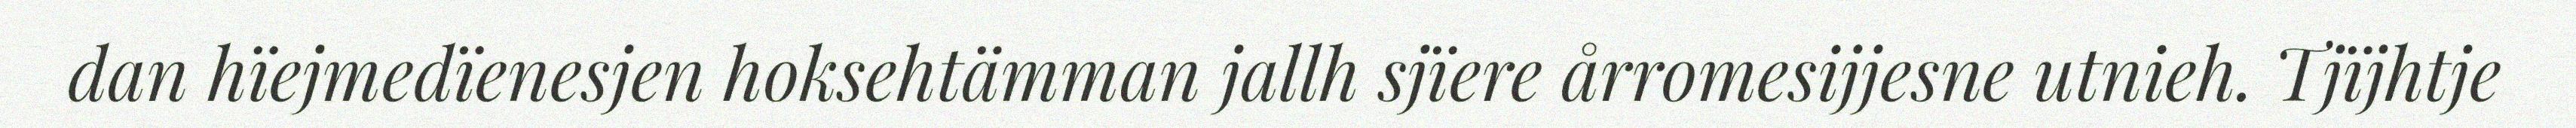
dan hïejmedïenesjen hoksehtämman jallh sjïere årromesijjesne utnieh. Tjïjhtje